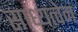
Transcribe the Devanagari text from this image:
साध्यत्वेन